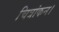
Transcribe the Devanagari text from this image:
चित्रांकन।